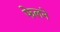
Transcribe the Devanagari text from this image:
फेलने